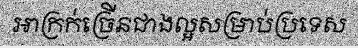
អាក្រក់ច្រើនជាងល្អសម្រាប់ប្រទេស